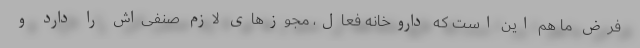
فرض ما هم این است که داروخانه فعال، مجوزهای لازم صنفی‌اش را دارد و